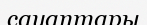
сауаптары